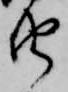
由